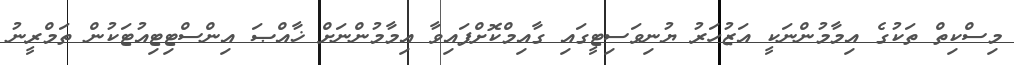
މިސްކިތް ތަކުގެ އިމާމުންނަކީ އަޒުހަރު ޔުނިވަސިޓީގައި ގާއިމްކޮށްފައިވާ އިމާމުންނަށް ޚާއްޞަ އިންސްޓިޓިއުޓަކުން ތަމްރީނު